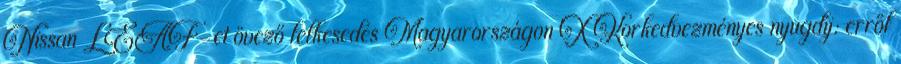
Nissan LEAF-et övező lelkesedés Magyarországon X Korkedvezményes nyugdíj: erről